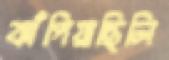
ঝাঁপিয়াছিলি